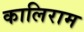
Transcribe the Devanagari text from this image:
कालिराम